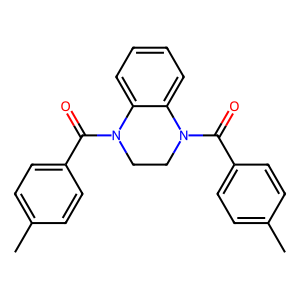
SMILES: Cc1ccc(C(=O)N2CCN(C(=O)c3ccc(C)cc3)c3ccccc32)cc1
Inhibits HIV replication: No